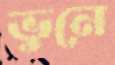
ভুনে